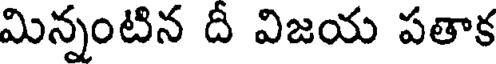
మిన్నంటిన దీ విజయ పతాక